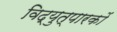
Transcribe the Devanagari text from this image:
विद्युत्पारकों